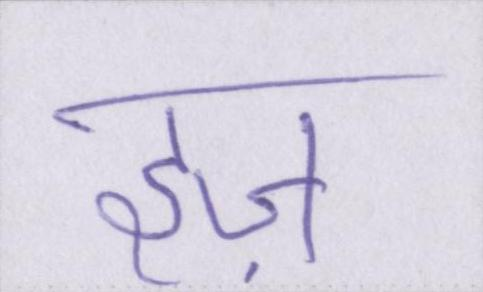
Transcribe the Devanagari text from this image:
इज़